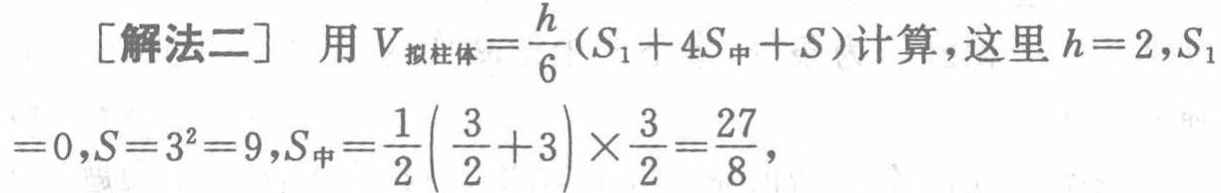
[解法二] 用 \(V_{拟柱体}=\frac{h}{6}(S_{1}+4S_{中}+S)\)计算，这里 \(h = 2,S_{1}\)
\(= 0,S = 3^{2}=9,S_{中}=\frac{1}{2}(\frac{3}{2}+3)\times\frac{3}{2}=\frac{27}{8}\)，